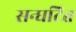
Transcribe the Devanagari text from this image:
सन्घटित